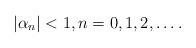
LaTeX: \begin{align*}|\alpha_n|<1, n=0, 1, 2, \dots.\end{align*}